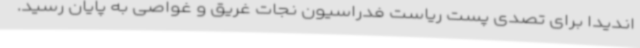
اندیدا برای تصدی پست ریاست فدراسیون نجات غریق و غواصی به پایان رسید.